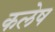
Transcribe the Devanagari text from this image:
कलेष